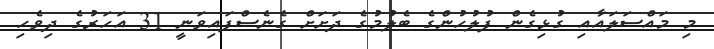
މި މައްސަލައާއި ގުޅިގެން ފުލުހުންގެ ބެލުމުގެ ދަށަށް ގެނެސްފައިވަނީ 31 އަހަރުގެ ދިވެހި